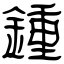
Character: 鍾